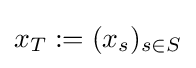
x_{T}:=(x_{s})_{s\in S}